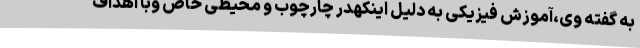
به گفته وی،آموزش فیزیکی به دلیل اینکهدر چارچوب و محیطی خاص وبا اهداف